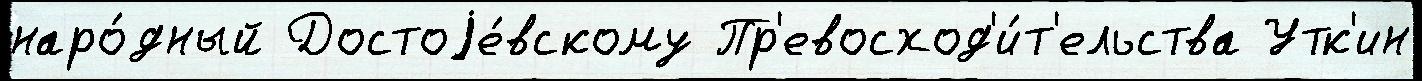
наро́дный Достоjе́вскому Пр'евосход'и́т'ельства Утк'ин